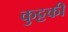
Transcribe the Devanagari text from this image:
कुट्टकी